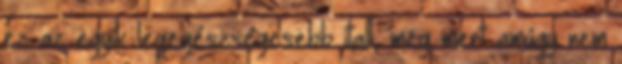
ez az egyik legegészségesebb itall, meg mert amúgy nem